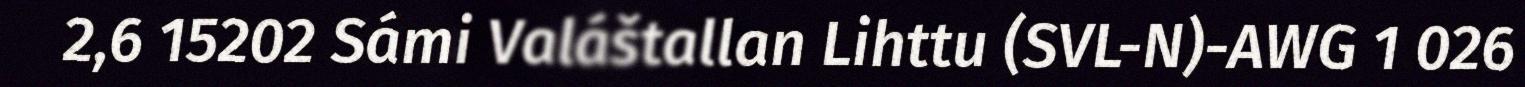
2,6 15202 Sámi Valáštallan Lihttu (SVL-N)-AWG 1 026